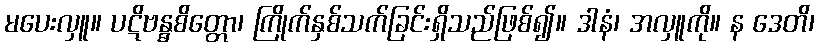
မပေးလှူ။ ပဋိဗန္ဓစိတ္တော၊ ကြိုက်နှစ်သက်ခြင်းရှိသည်ဖြစ်၍။ ဒါနံ၊ အလှူကို။ န ဒေတိ၊